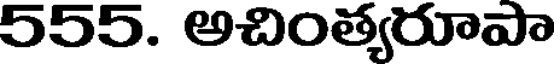
555. అచింత్యరూపా